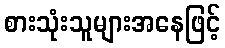
စားသုံးသူများအနေဖြင့်